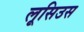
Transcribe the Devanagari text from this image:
लूसिउस